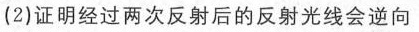
(2)证明经过两次反射后的反射光线会逆向